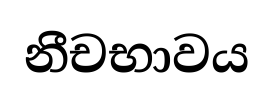
නීචභාවය